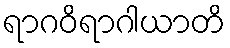
ရာဂဝိရာဂါယာတိ